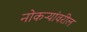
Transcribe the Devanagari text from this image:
नोकऱ्यांवरील